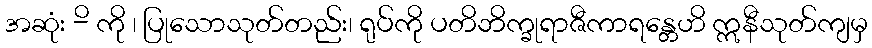
အဆုံး -ိ ကို ၊ ပြုသောသုတ်တည်း၊ ရုပ်ကို ပတိဘိက္ခုရာဇီကာရန္တေဟိ ဣနီသုတ်ကျမှ